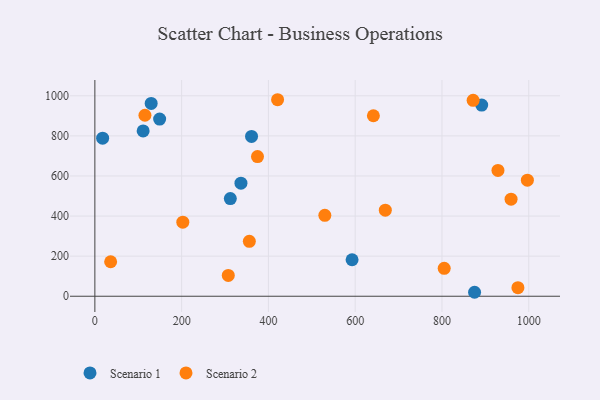
{"axis": {"x": "Study Hours", "y": "Yield"}, "legend": ["Scenario 1", "Scenario 2"], "data": [{"x": "336.7", "y": 564.0, "type": "Scenario 1"}, {"x": "875.1", "y": 19.8, "type": "Scenario 1"}, {"x": "149.3", "y": 883.8, "type": "Scenario 1"}, {"x": "361.1", "y": 797.5, "type": "Scenario 1"}, {"x": "312.2", "y": 487.5, "type": "Scenario 1"}, {"x": "111.3", "y": 824.5, "type": "Scenario 1"}, {"x": "592.8", "y": 182.1, "type": "Scenario 1"}, {"x": "17.9", "y": 788.5, "type": "Scenario 1"}, {"x": "129.8", "y": 962.0, "type": "Scenario 1"}, {"x": "891.5", "y": 953.9, "type": "Scenario 1"}, {"x": "669.4", "y": 429.5, "type": "Scenario 2"}, {"x": "374.8", "y": 696.7, "type": "Scenario 2"}, {"x": "975.0", "y": 42.8, "type": "Scenario 2"}, {"x": "959.2", "y": 484.3, "type": "Scenario 2"}, {"x": "996.8", "y": 578.8, "type": "Scenario 2"}, {"x": "36.4", "y": 172.1, "type": "Scenario 2"}, {"x": "805.1", "y": 139.1, "type": "Scenario 2"}, {"x": "641.9", "y": 900.5, "type": "Scenario 2"}, {"x": "421.1", "y": 980.4, "type": "Scenario 2"}, {"x": "871.8", "y": 977.4, "type": "Scenario 2"}, {"x": "929.0", "y": 627.5, "type": "Scenario 2"}, {"x": "356.0", "y": 274.2, "type": "Scenario 2"}, {"x": "530.0", "y": 403.6, "type": "Scenario 2"}, {"x": "307.5", "y": 103.9, "type": "Scenario 2"}, {"x": "115.4", "y": 902.9, "type": "Scenario 2"}, {"x": "202.7", "y": 369.3, "type": "Scenario 2"}]}